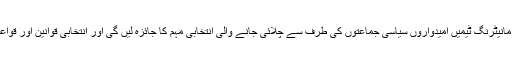
الیکشن کمیشن کی طرف سے جاری نوٹیفیکیشن کے مطابق یہ مانیٹرنگ ٹیمیں امیدواروں سیاسی جماعتوں کی طرف سے چلائی جانے والی انتخابی مہم کا جائزہ لیں گی اور انتخابی قوانین اور قواعد کی خلاف ورزیوں کی شکایات سے کمیشن کو آگاہ کریں گی۔